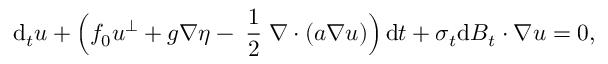
\mathrm { d } _ { t } \boldsymbol { u } + \Big ( f _ { 0 } \boldsymbol { u } ^ { \perp } + g \boldsymbol { \nabla } \eta - \mathrm { \scriptsize ~ \frac { 1 } { 2 } ~ } \boldsymbol { \nabla } \boldsymbol { \cdot } ( \boldsymbol { a } \boldsymbol { \nabla } \boldsymbol { u } ) \Big ) \, \mathrm { d } t + \boldsymbol { \sigma } _ { t } \mathrm { d } \boldsymbol { B } _ { t } \boldsymbol { \cdot } \boldsymbol { \nabla } \boldsymbol { u } = 0 ,